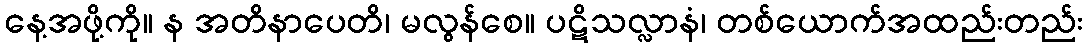
နေ့အဖို့ကို။ န အတိနာပေတိ၊ မလွန်စေ။ ပဋိသလ္လာနံ၊ တစ်ယောက်အထည်းတည်း